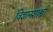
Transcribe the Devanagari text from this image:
विज्ञानशास्त्री